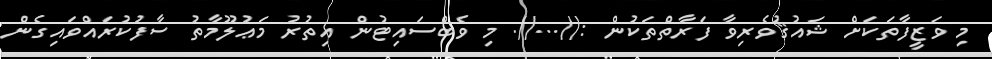
މި ވަޒީފާތަކަށް ޝައުޤުވެރިވާ ފަރާތްތަކުން ://...//. މި ވެބްސައިޓުން އިތުރު މަޢުލޫމާތު ސާފުކުރައްވައިގެން